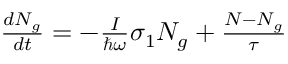
\begin{array} { r } { \frac { d N _ { g } } { d t } = - \frac { I } { \hbar \omega } \sigma _ { 1 } N _ { g } + \frac { N - N _ { g } } { \tau } } \end{array}